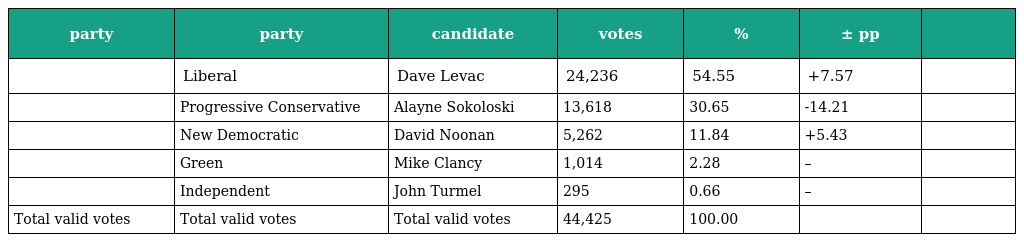
| party | party | candidate | votes | % | ± pp |  |
 | --- | --- | --- | --- | --- | --- | --- |
 |  | Liberal | Dave Levac | 24,236 | 54.55 | +7.57 |  |
 |  | Progressive Conservative | Alayne Sokoloski | 13,618 | 30.65 | -14.21 |  |
 |  | New Democratic | David Noonan | 5,262 | 11.84 | +5.43 |  |
 |  | Green | Mike Clancy | 1,014 | 2.28 | – |  |
 |  | Independent | John Turmel | 295 | 0.66 | – |  |
 | Total valid votes | Total valid votes | Total valid votes | 44,425 | 100.00 |  |  |